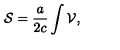
{ \cal S } = \frac { a } { 2 c } \int { \cal V } ,